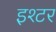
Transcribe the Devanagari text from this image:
इश्टर